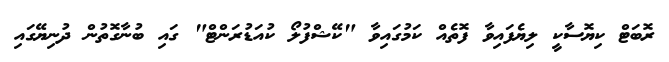
ރޮބަޓް ކިޔޮސާކީ ލިޔެފައިވާ ފޮތެއް ކަމުގައިވާ "ކޭޝްފުލޯ ކުއަޑުރަންޓް" ގައި ބުނާގޮތުން ދުނިޔޭގައި